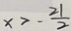
x > - \frac { 2 1 } { 2 }